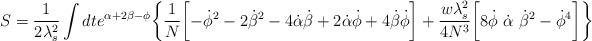
LaTeX: \begin{align*}S= \frac{1}{2 \lambda_{s}^2} \int d t e^{\alpha + 2 \beta-\phi}\biggl\{ \frac{1}{N} \biggl[ - \dot{\phi}^2 - 2 \dot{\beta}^2 -4 \dot{\alpha} \dot{\beta} + 2 \dot{\alpha} \dot{\phi} + 4 \dot{\beta}\dot{\phi}\biggr] + \frac{w\lambda_{s}^2}{4 N^3}\biggl[ 8 \dot{\phi}~\dot{\alpha}~ \dot{\beta}^2 - \dot{\phi}^4\biggr]\biggr\}\end{align*}